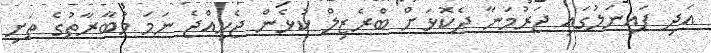
އަދި ފައިނަލުގައި ޖަރުމަނާ ދެކޮޅަށް ބްރެޒިލް ކުޅެން ޖެހިއްޖެ ނަމަ މުބާރާތުގެ ތަށި